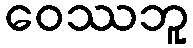
ဝေဿဘူ